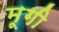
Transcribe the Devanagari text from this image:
मूगी